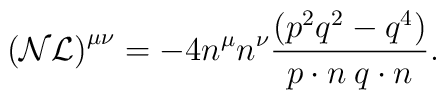
{\cal (NL)}^{\mu\nu}=-4n^\mu n^\nu \frac{(p^2 q^2-q^4)}{p\cdot n\:q\cdot n}.